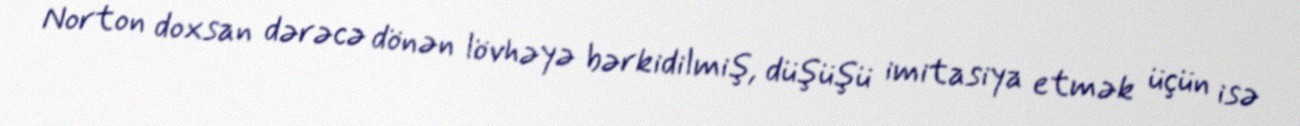
Norton doxsan dərəcə dönən lövhəyə bərkidilmiş, düşüşü imitasiya etmək üçün isə